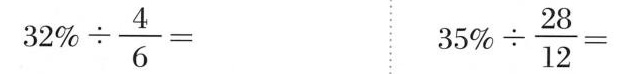
$$3 2 % \div \frac { 4 } { 6 } =$$ $$3 5 % \div \frac { 2 8 } { 1 2 } =$$